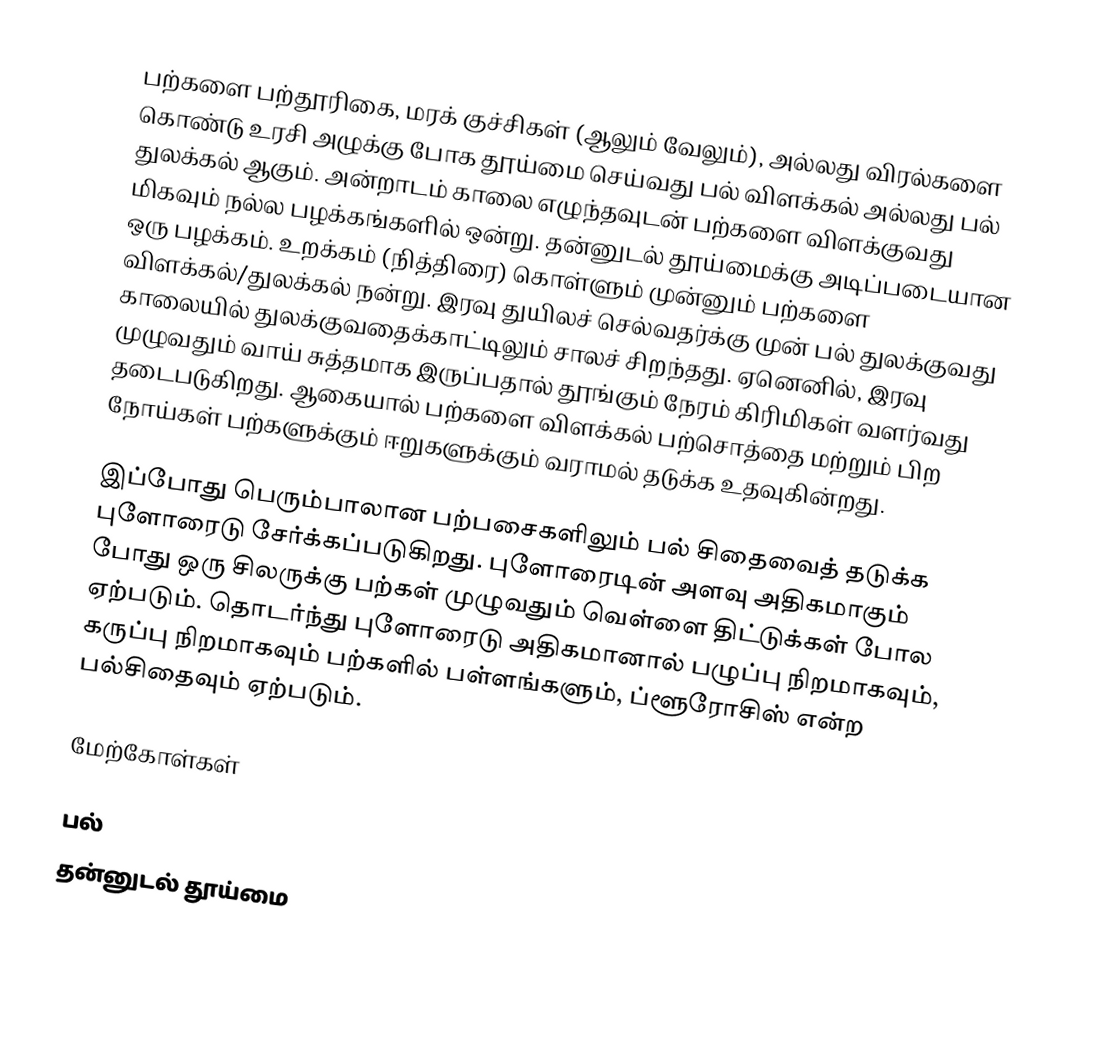
பற்களை பற்தூரிகை, மரக் குச்சிகள் (ஆலும் வேலும்), அல்லது விரல்களை கொண்டு உரசி அழுக்கு போக தூய்மை செய்வது பல் விளக்கல் அல்லது பல் துலக்கல் ஆகும்.  அன்றாடம் காலை எழுந்தவுடன்  பற்களை விளக்குவது மிகவும் நல்ல பழக்கங்களில் ஒன்று. தன்னுடல் தூய்மைக்கு அடிப்படையான ஒரு பழக்கம். உறக்கம் (நித்திரை) கொள்ளும் முன்னும் பற்களை விளக்கல்/துலக்கல் நன்று. இரவு துயிலச் செல்வதர்க்கு முன் பல் துலக்குவது காலையில் துலக்குவதைக்காட்டிலும் சாலச் சிறந்தது. ஏனெனில், இரவு முழுவதும் வாய் சுத்தமாக இருப்பதால் தூங்கும் நேரம் கிரிமிகள் வளர்வது தடைபடுகிறது. ஆகையால் பற்களை விளக்கல் பற்சொத்தை மற்றும் பிற நோய்கள் பற்களுக்கும் ஈறுகளுக்கும் வராமல் தடுக்க உதவுகின்றது.

இப்போது பெரும்பாலான பற்பசைகளிலும் பல் சிதைவைத் தடுக்க புளோரைடு சேர்க்கப்படுகிறது. புளோரைடின் அளவு அதிகமாகும் போது ஒரு சிலருக்கு பற்கள் முழுவதும் வெள்ளை திட்டுக்கள் போல ஏற்படும். தொடர்ந்து புளோரைடு அதிகமானால் பழுப்பு நிறமாகவும், கருப்பு நிறமாகவும் பற்களில் பள்ளங்களும், ப்ளூரோசிஸ் என்ற பல்சிதைவும் ஏற்படும்.

மேற்கோள்கள்

பல்
தன்னுடல் தூய்மை